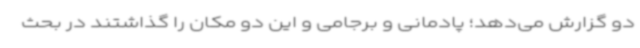
دو گزارش می‌دهد؛ پادمانی و برجامی و این دو مکان را گذاشتند در بحث